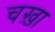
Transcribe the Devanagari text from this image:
चख़ा